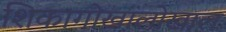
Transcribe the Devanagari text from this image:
शिकागोखालोखाल